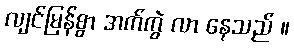
လျင်မြန်စွာ အက်ကွဲ လာ နေသည် ။